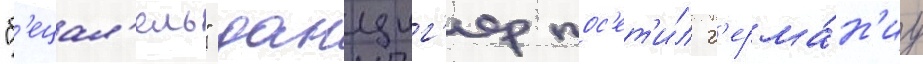
"б'ецал'ель" данциг'ер пос'ет'и́л г'ерма́н'иу